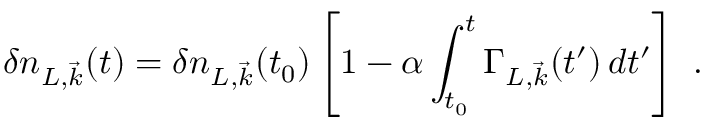
\delta n _ { L , { \vec { k } } } ( t ) = \delta n _ { L , { \vec { k } } } ( t _ { 0 } ) \left[ 1 - \alpha \int _ { t _ { 0 } } ^ { t } \Gamma _ { L , { \vec { k } } } ( t ^ { \prime } ) \, d t ^ { \prime } \right] ~ .